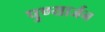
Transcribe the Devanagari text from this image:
पुण्यार्जन